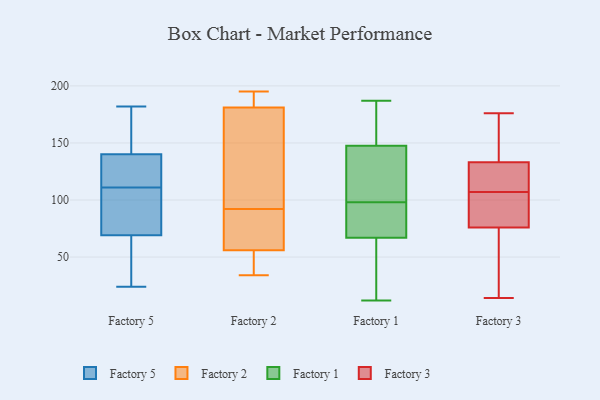
{"axis": {"x": "Page Views", "y": "Value"}, "legend": ["Factory 1", "Factory 2", "Factory 3", "Factory 5"], "data": [{"x": "", "y": 156, "type": "Factory 5"}, {"x": "", "y": 89, "type": "Factory 5"}, {"x": "", "y": 102, "type": "Factory 5"}, {"x": "", "y": 137, "type": "Factory 5"}, {"x": "", "y": 116, "type": "Factory 5"}, {"x": "", "y": 79, "type": "Factory 5"}, {"x": "", "y": 44, "type": "Factory 5"}, {"x": "", "y": 24, "type": "Factory 5"}, {"x": "", "y": 32, "type": "Factory 5"}, {"x": "", "y": 182, "type": "Factory 5"}, {"x": "", "y": 106, "type": "Factory 5"}, {"x": "", "y": 140, "type": "Factory 5"}, {"x": "", "y": 161, "type": "Factory 5"}, {"x": "", "y": 69, "type": "Factory 5"}, {"x": "", "y": 133, "type": "Factory 5"}, {"x": "", "y": 142, "type": "Factory 5"}, {"x": "", "y": 132, "type": "Factory 5"}, {"x": "", "y": 54, "type": "Factory 5"}, {"x": "", "y": 47, "type": "Factory 2"}, {"x": "", "y": 56, "type": "Factory 2"}, {"x": "", "y": 181, "type": "Factory 2"}, {"x": "", "y": 116, "type": "Factory 2"}, {"x": "", "y": 34, "type": "Factory 2"}, {"x": "", "y": 195, "type": "Factory 2"}, {"x": "", "y": 188, "type": "Factory 2"}, {"x": "", "y": 64, "type": "Factory 2"}, {"x": "", "y": 86, "type": "Factory 2"}, {"x": "", "y": 98, "type": "Factory 2"}, {"x": "", "y": 101, "type": "Factory 1"}, {"x": "", "y": 12, "type": "Factory 1"}, {"x": "", "y": 59, "type": "Factory 1"}, {"x": "", "y": 48, "type": "Factory 1"}, {"x": "", "y": 113, "type": "Factory 1"}, {"x": "", "y": 142, "type": "Factory 1"}, {"x": "", "y": 153, "type": "Factory 1"}, {"x": "", "y": 83, "type": "Factory 1"}, {"x": "", "y": 135, "type": "Factory 1"}, {"x": "", "y": 180, "type": "Factory 1"}, {"x": "", "y": 66, "type": "Factory 1"}, {"x": "", "y": 87, "type": "Factory 1"}, {"x": "", "y": 95, "type": "Factory 1"}, {"x": "", "y": 79, "type": "Factory 1"}, {"x": "", "y": 167, "type": "Factory 1"}, {"x": "", "y": 173, "type": "Factory 1"}, {"x": "", "y": 50, "type": "Factory 1"}, {"x": "", "y": 137, "type": "Factory 1"}, {"x": "", "y": 68, "type": "Factory 1"}, {"x": "", "y": 187, "type": "Factory 1"}, {"x": "", "y": 106, "type": "Factory 3"}, {"x": "", "y": 133, "type": "Factory 3"}, {"x": "", "y": 99, "type": "Factory 3"}, {"x": "", "y": 166, "type": "Factory 3"}, {"x": "", "y": 18, "type": "Factory 3"}, {"x": "", "y": 14, "type": "Factory 3"}, {"x": "", "y": 141, "type": "Factory 3"}, {"x": "", "y": 76, "type": "Factory 3"}, {"x": "", "y": 69, "type": "Factory 3"}, {"x": "", "y": 76, "type": "Factory 3"}, {"x": "", "y": 77, "type": "Factory 3"}, {"x": "", "y": 149, "type": "Factory 3"}, {"x": "", "y": 115, "type": "Factory 3"}, {"x": "", "y": 65, "type": "Factory 3"}, {"x": "", "y": 111, "type": "Factory 3"}, {"x": "", "y": 114, "type": "Factory 3"}, {"x": "", "y": 176, "type": "Factory 3"}, {"x": "", "y": 108, "type": "Factory 3"}]}